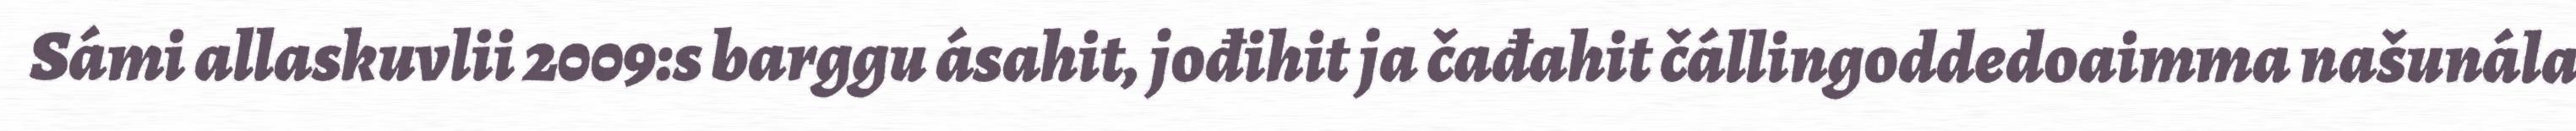
Sámi allaskuvlii 2009:s barggu ásahit, jođihit ja čađahit čállingoddedoaimma našunála